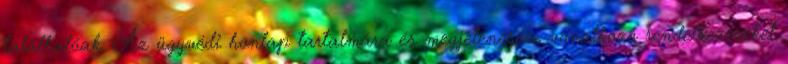
találhatóak. Az ügyvédi honlap tartalmára és megjelenésére vonatkozó rendelkezéseket